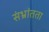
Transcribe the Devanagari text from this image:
संभ्रांतता